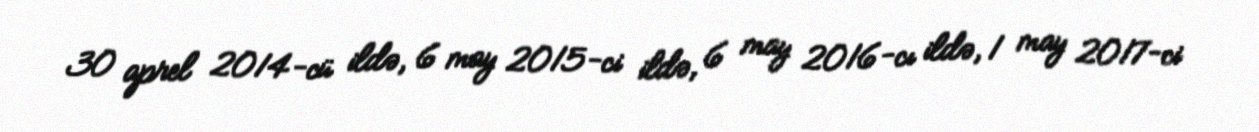
30 aprel 2014-cü ildə, 6 may 2015-ci ildə, 6 may 2016-cı ildə, 1 may 2017-ci